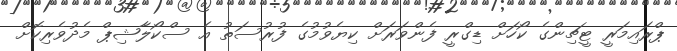
ޕްރައިމަރީ ޓީޗިންގެ ކޯހަށް ޑިގްރީ ފެންވަރަށް ކިޔެވުމުގެ ފުރުސަތު އެ ސްކޯލާޝިޕް މެދުވެރިކޮށް